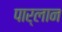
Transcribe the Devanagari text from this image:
पार्लान